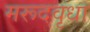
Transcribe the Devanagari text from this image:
मरूदवृधा